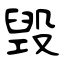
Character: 毁